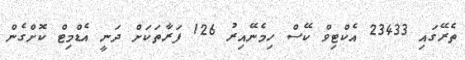
ތެރޭގައި 23433 އެކްޓިވް ކޭސް ހިމެނޭއިރު 126 ފަރާތަކަށް ދަނީ އެޑްމިޓް ކޮށްގެން